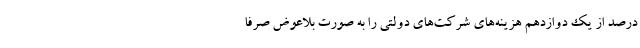
درصد از یک دوازدهم هزینه‌های شرکت‌های دولتی را به صورت بلاعوض صرفاً